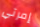
إمرتي